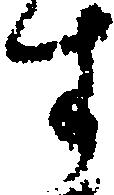
す